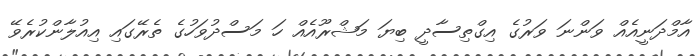
އާމްދަނީއެއް ވަންނަ ވަރުގެ އިގްތިސާދީ ބިޔަ މަޝްރޫއެއް ހަ މަސްދުވަހުގެ ތެރޭގައި އިއުލާންކުރެވޭ